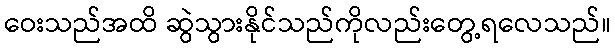
ဝေးသည်အထိ ဆွဲသွားနိုင်သည်ကိုလည်းတွေ့ရလေသည်။